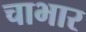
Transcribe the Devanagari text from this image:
चाभार